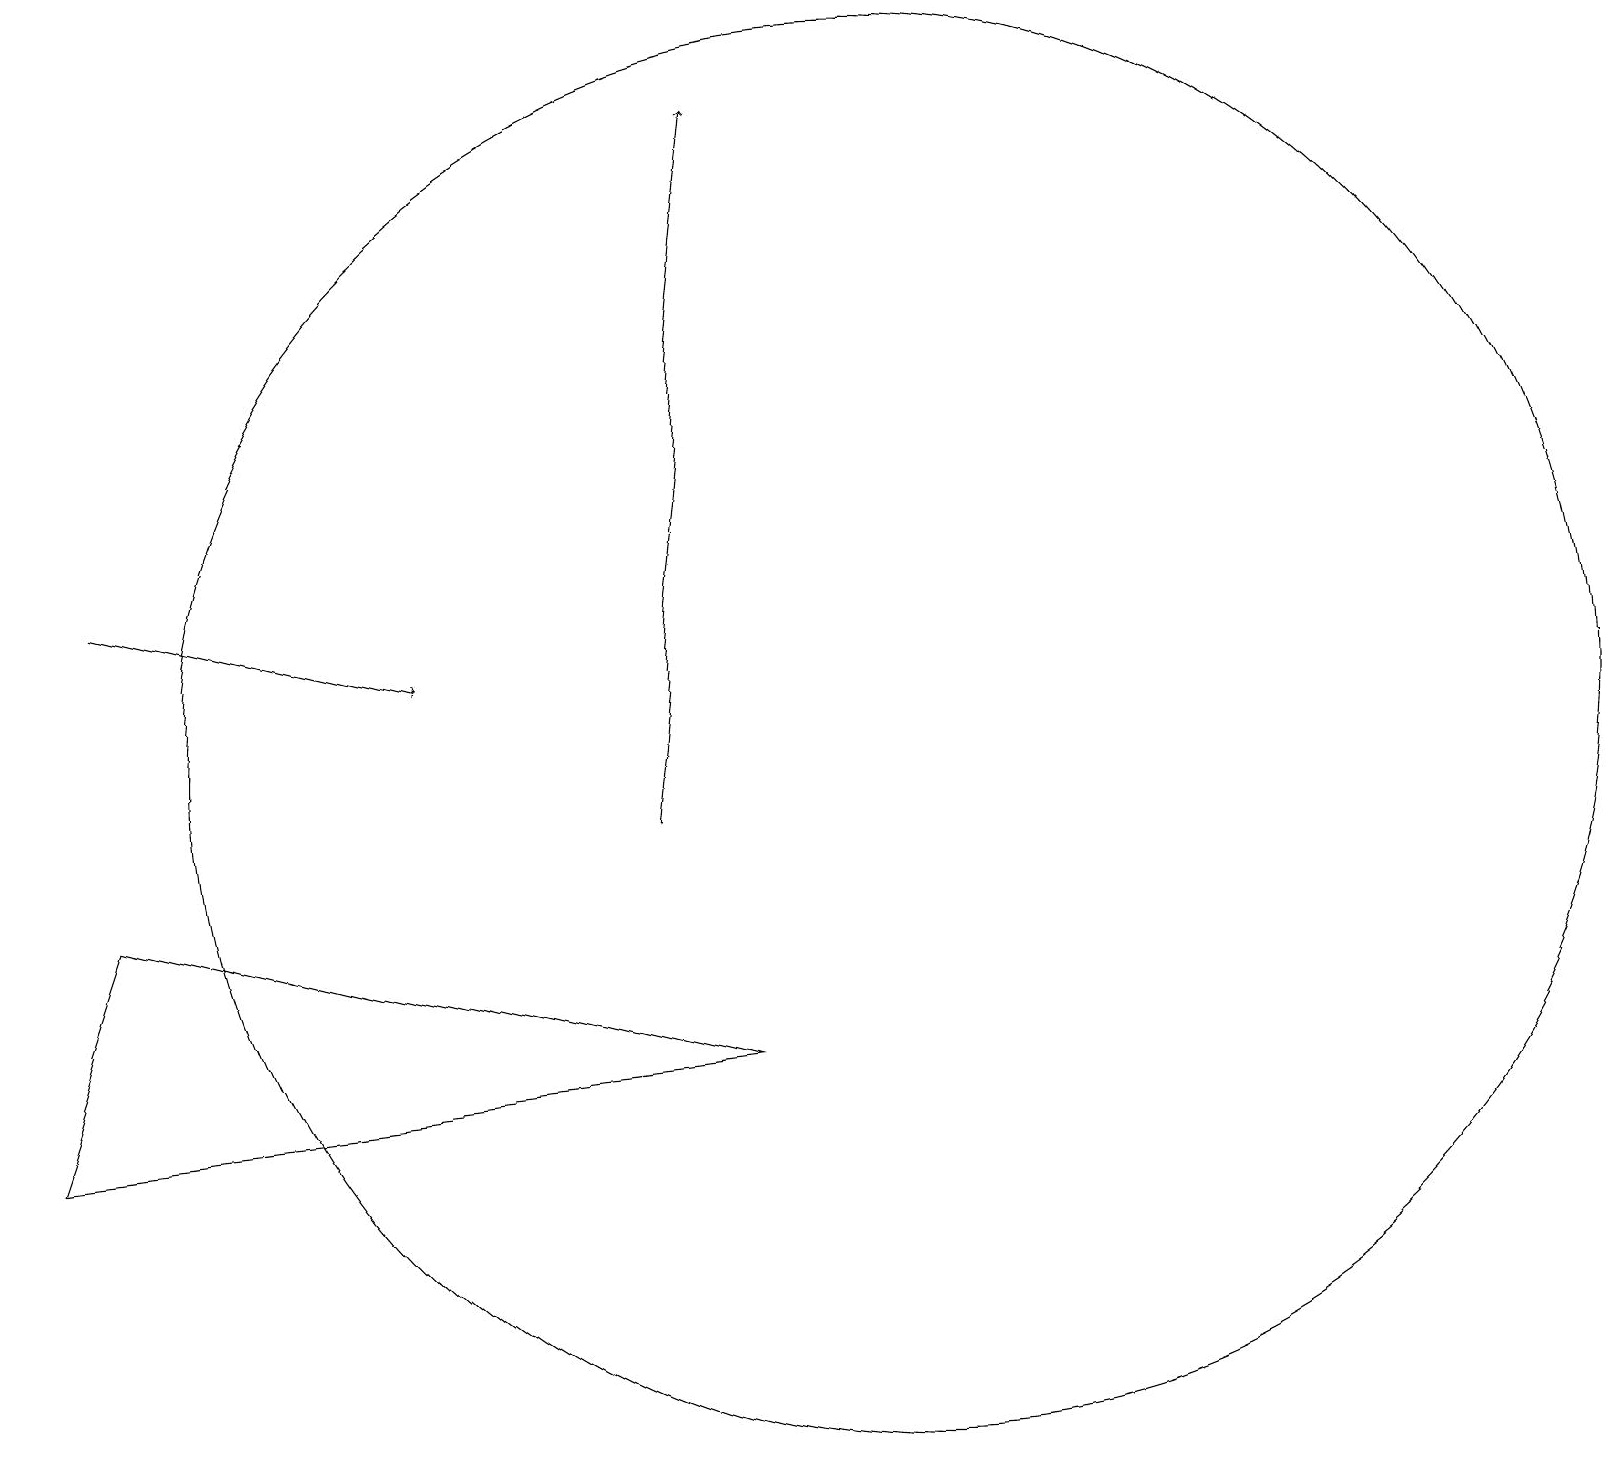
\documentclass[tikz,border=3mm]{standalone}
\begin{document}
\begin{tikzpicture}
\draw (11,11) circle (9);
\draw[->] (8,10) -- (9,19);
\draw (0,6) -- (1,9) -- (9,7) -- cycle;
\draw[->] (1,13) -- (5,12);
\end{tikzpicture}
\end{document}